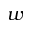
w